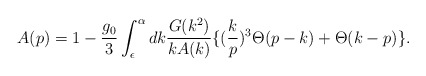
\begin{align*}A(p) = 1 - \frac{g_0}{3} \int _\epsilon ^\alpha dk\frac{G(k^2) }{k A (k)}\{(\frac{k}{p})^3 \Theta (p - k) + \Theta (k - p) \}. \end{align*}